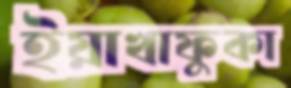
ইয়াখাফুকা